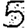
Digit: 5